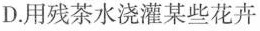
D.用残茶水浇灌某些花卉